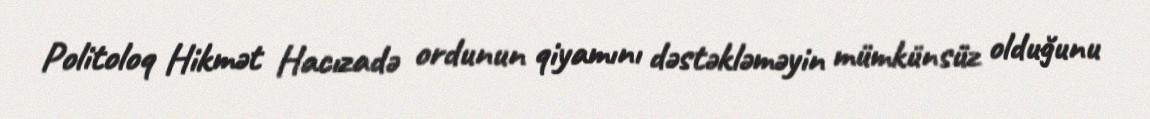
Politoloq Hikmət Hacızadə ordunun qiyamını dəstəkləməyin mümkünsüz olduğunu